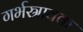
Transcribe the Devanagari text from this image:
गर्भस्रावक